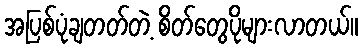
အပြစ်ပုံချတတ်တဲ့ စိတ်တွေပိုများလာတယ်။